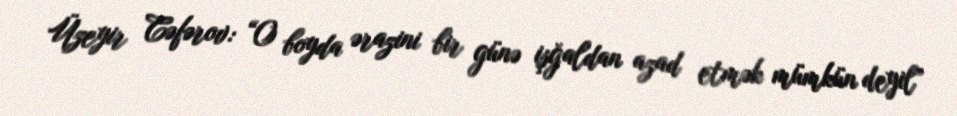
Üzeyir Cəfərov: “O boyda ərazini bir günə işğaldan azad etmək mümkün deyil”